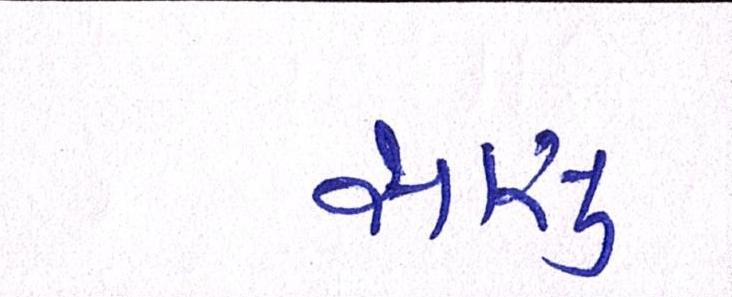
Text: સાસુ